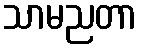
သာမညတာ